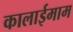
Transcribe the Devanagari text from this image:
कालाईमाम